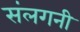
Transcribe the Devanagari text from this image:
संलगनी